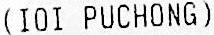
(IOI PUCHONG)